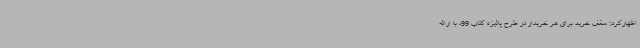
اظهارکرد: سقف خرید برای هر خریدار در طرح پائیزه کتاب 99، با ارائه